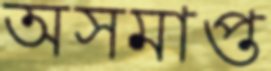
অসমাপ্ত